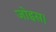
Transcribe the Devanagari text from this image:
जोइस।